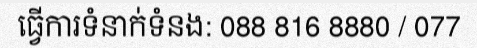
ធ្វើការទំនាក់ទំនង: 088 816 8880 / 077